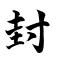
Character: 封